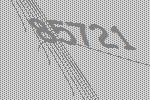
85721